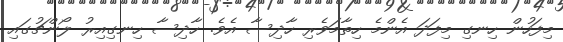
މިފަހުން ހިނގި މިފަދަ އެންމެ ހިތާމަވެރި ހާދިސާ އެވެ. ހާދިސާ ހިނގިއިރު ލޯންޗުގައި